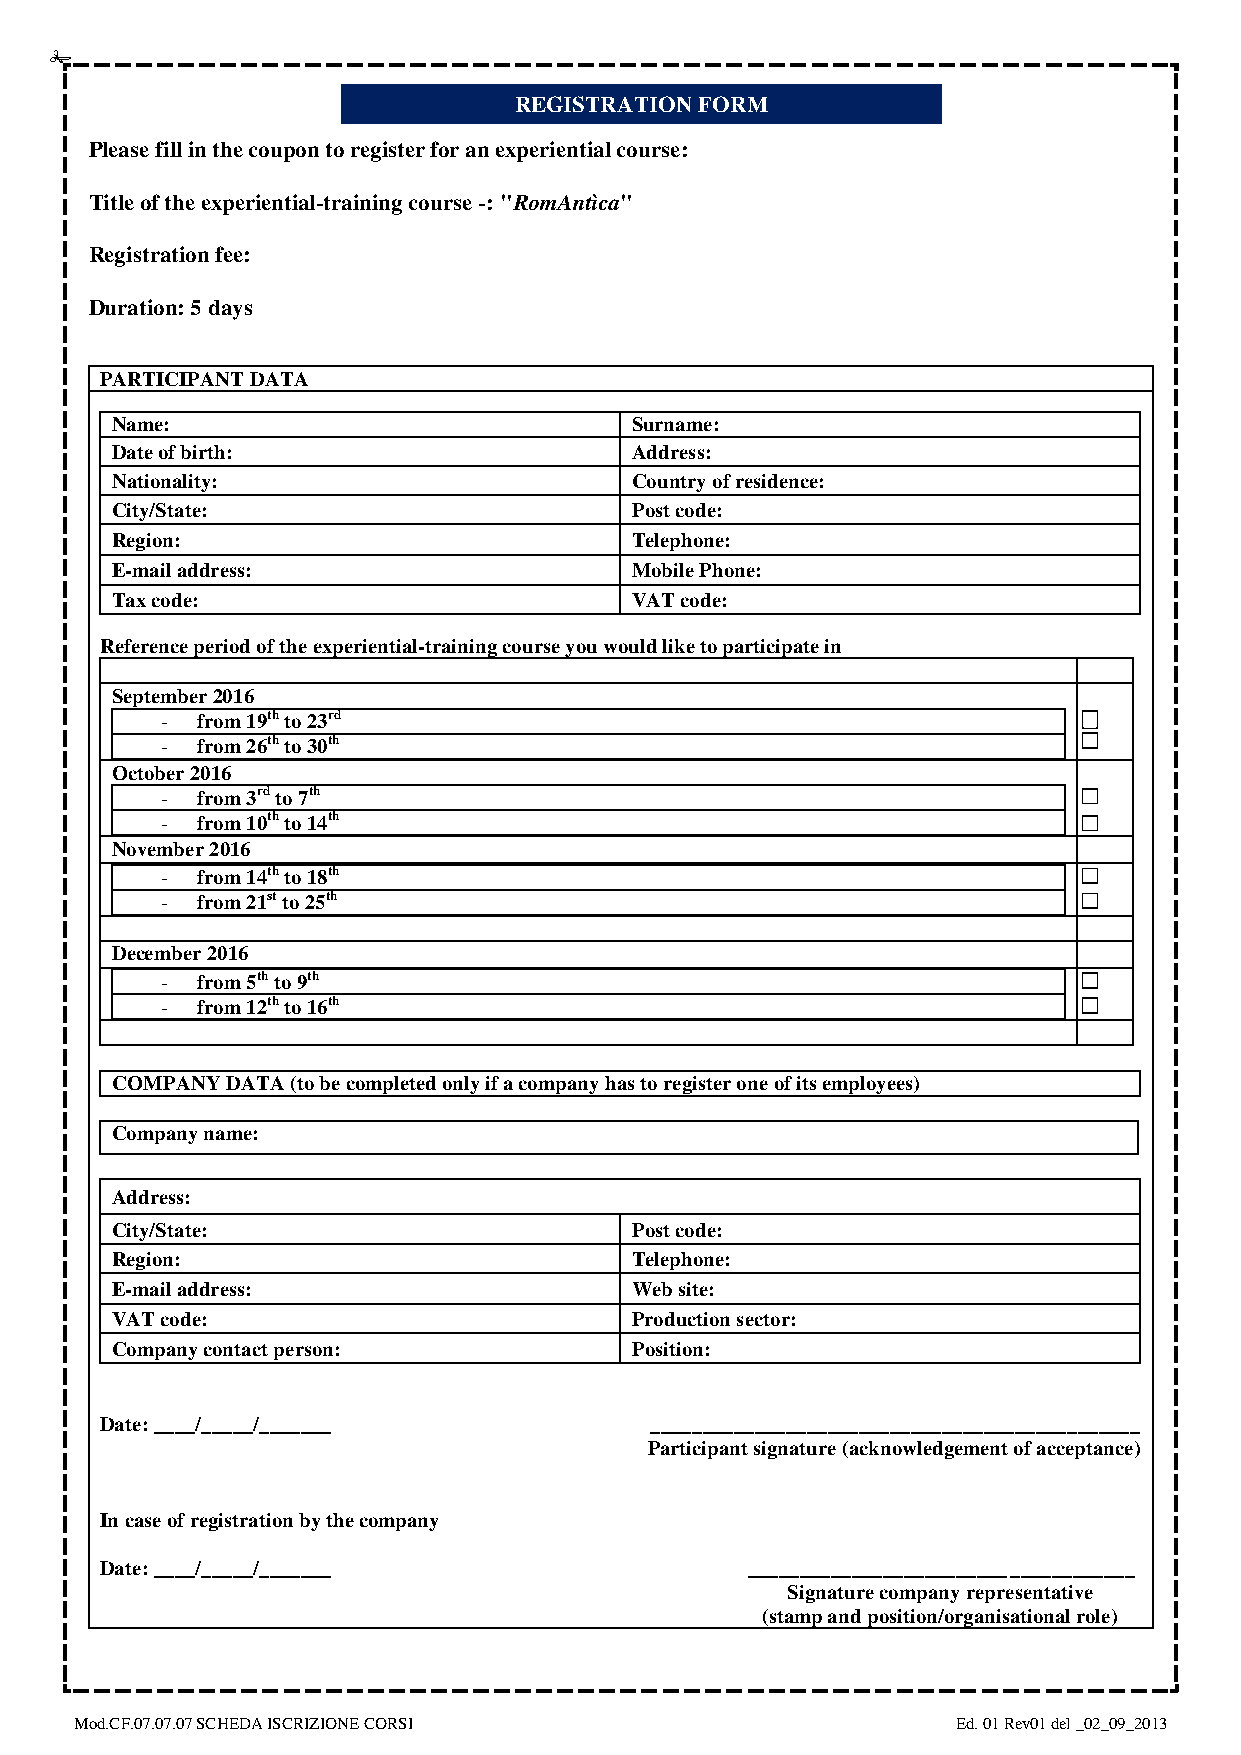
REGISTRATION FORM
 Please fill in the coupon to register for an experiential course:
 Title of the experiential-training course -: "RomAntìca"
 Registration fee:
 Duration: 5 days
 PARTICIPANT DATA
 Name:                              Surname:
 Date of birth:                     Address:
 Nationality:                       Country of residence:
 City/State:                        Post code:
 Region:                            Telephone:
 E-mail address:                    Mobile Phone:
 Tax code:                          VAT code:
 Reference period of the experiential-training course you would like to participate in
 September 2016
 - from 19th to 23rd
 - from 26th to 30th
 October 2016
 - from 3rd to 7th
 - from 10th to 14th
 November 2016
 - from 14th to 18th
 - from 21st to 25th
 December 2016
 - from 5th to 9th
 - from 12th to 16th
 COMPANY DATA (to be completed only if a company has to register one of its employees)
 Company name:
 Address:
 City/State:                        Post code:
 Region:                            Telephone:
 E-mail address:                    Web site:
 VAT code:                          Production sector:
 Company contact person:            Position:
 Date: ____/_____/_______            _______________________________________________
 Participant signature (acknowledgement of acceptance)
 In case of registration by the company
 Date: ____/_____/_______                  _____________________________________
 Signature company representative
 (stamp and position/organisational role)
 Mod.CF.07.07.07 SCHEDA ISCRIZIONE CORSI                   Ed. 01 Rev01 del _02_09_2013